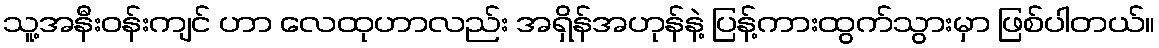
သူ့အနီးဝန်းကျင် ဟာ လေထုဟာလည်း အရှိန်အဟုန်နဲ့ ပြန့်ကားထွက်သွားမှာ ဖြစ်ပါတယ်။